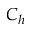
C _ { h }